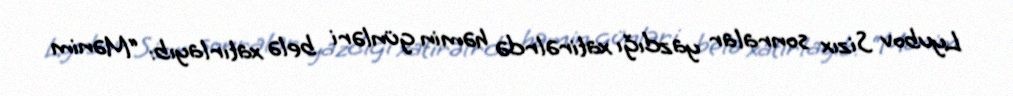
Lyubov Sizıx sonralar yazdığı xatirəlrdə həmin günləri belə xatırlayıb: “Mənim